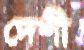
দেশী